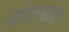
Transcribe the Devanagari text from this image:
मांगल्यम्।